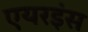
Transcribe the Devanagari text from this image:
एयरइंस